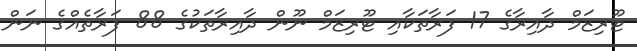
ޓޫރިޒަމް ދާއިރާގެ 17 ފަރާތަކާއި ޓޫރިޒަމް ނޫން ދާއިރާތަކުގެ 88 ފަރާތެއްގެ ނަން